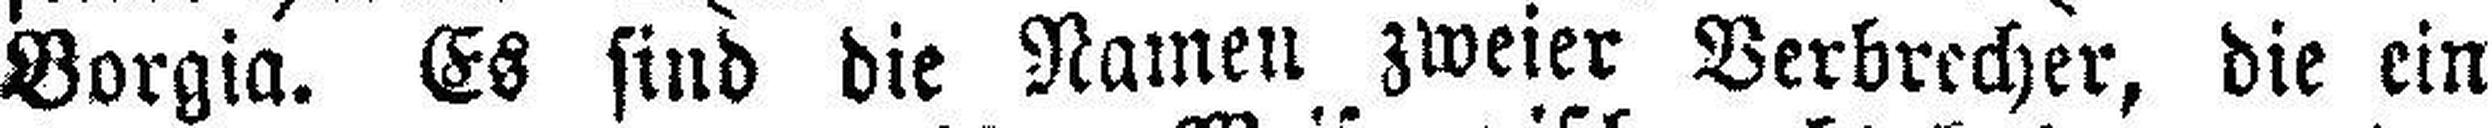
Borgia. Es sind die Namen zweier Verbrecher, die ein